65_HS1-834228961_62-HQ-83894_Serial_164
Agency: FBI
Page 123
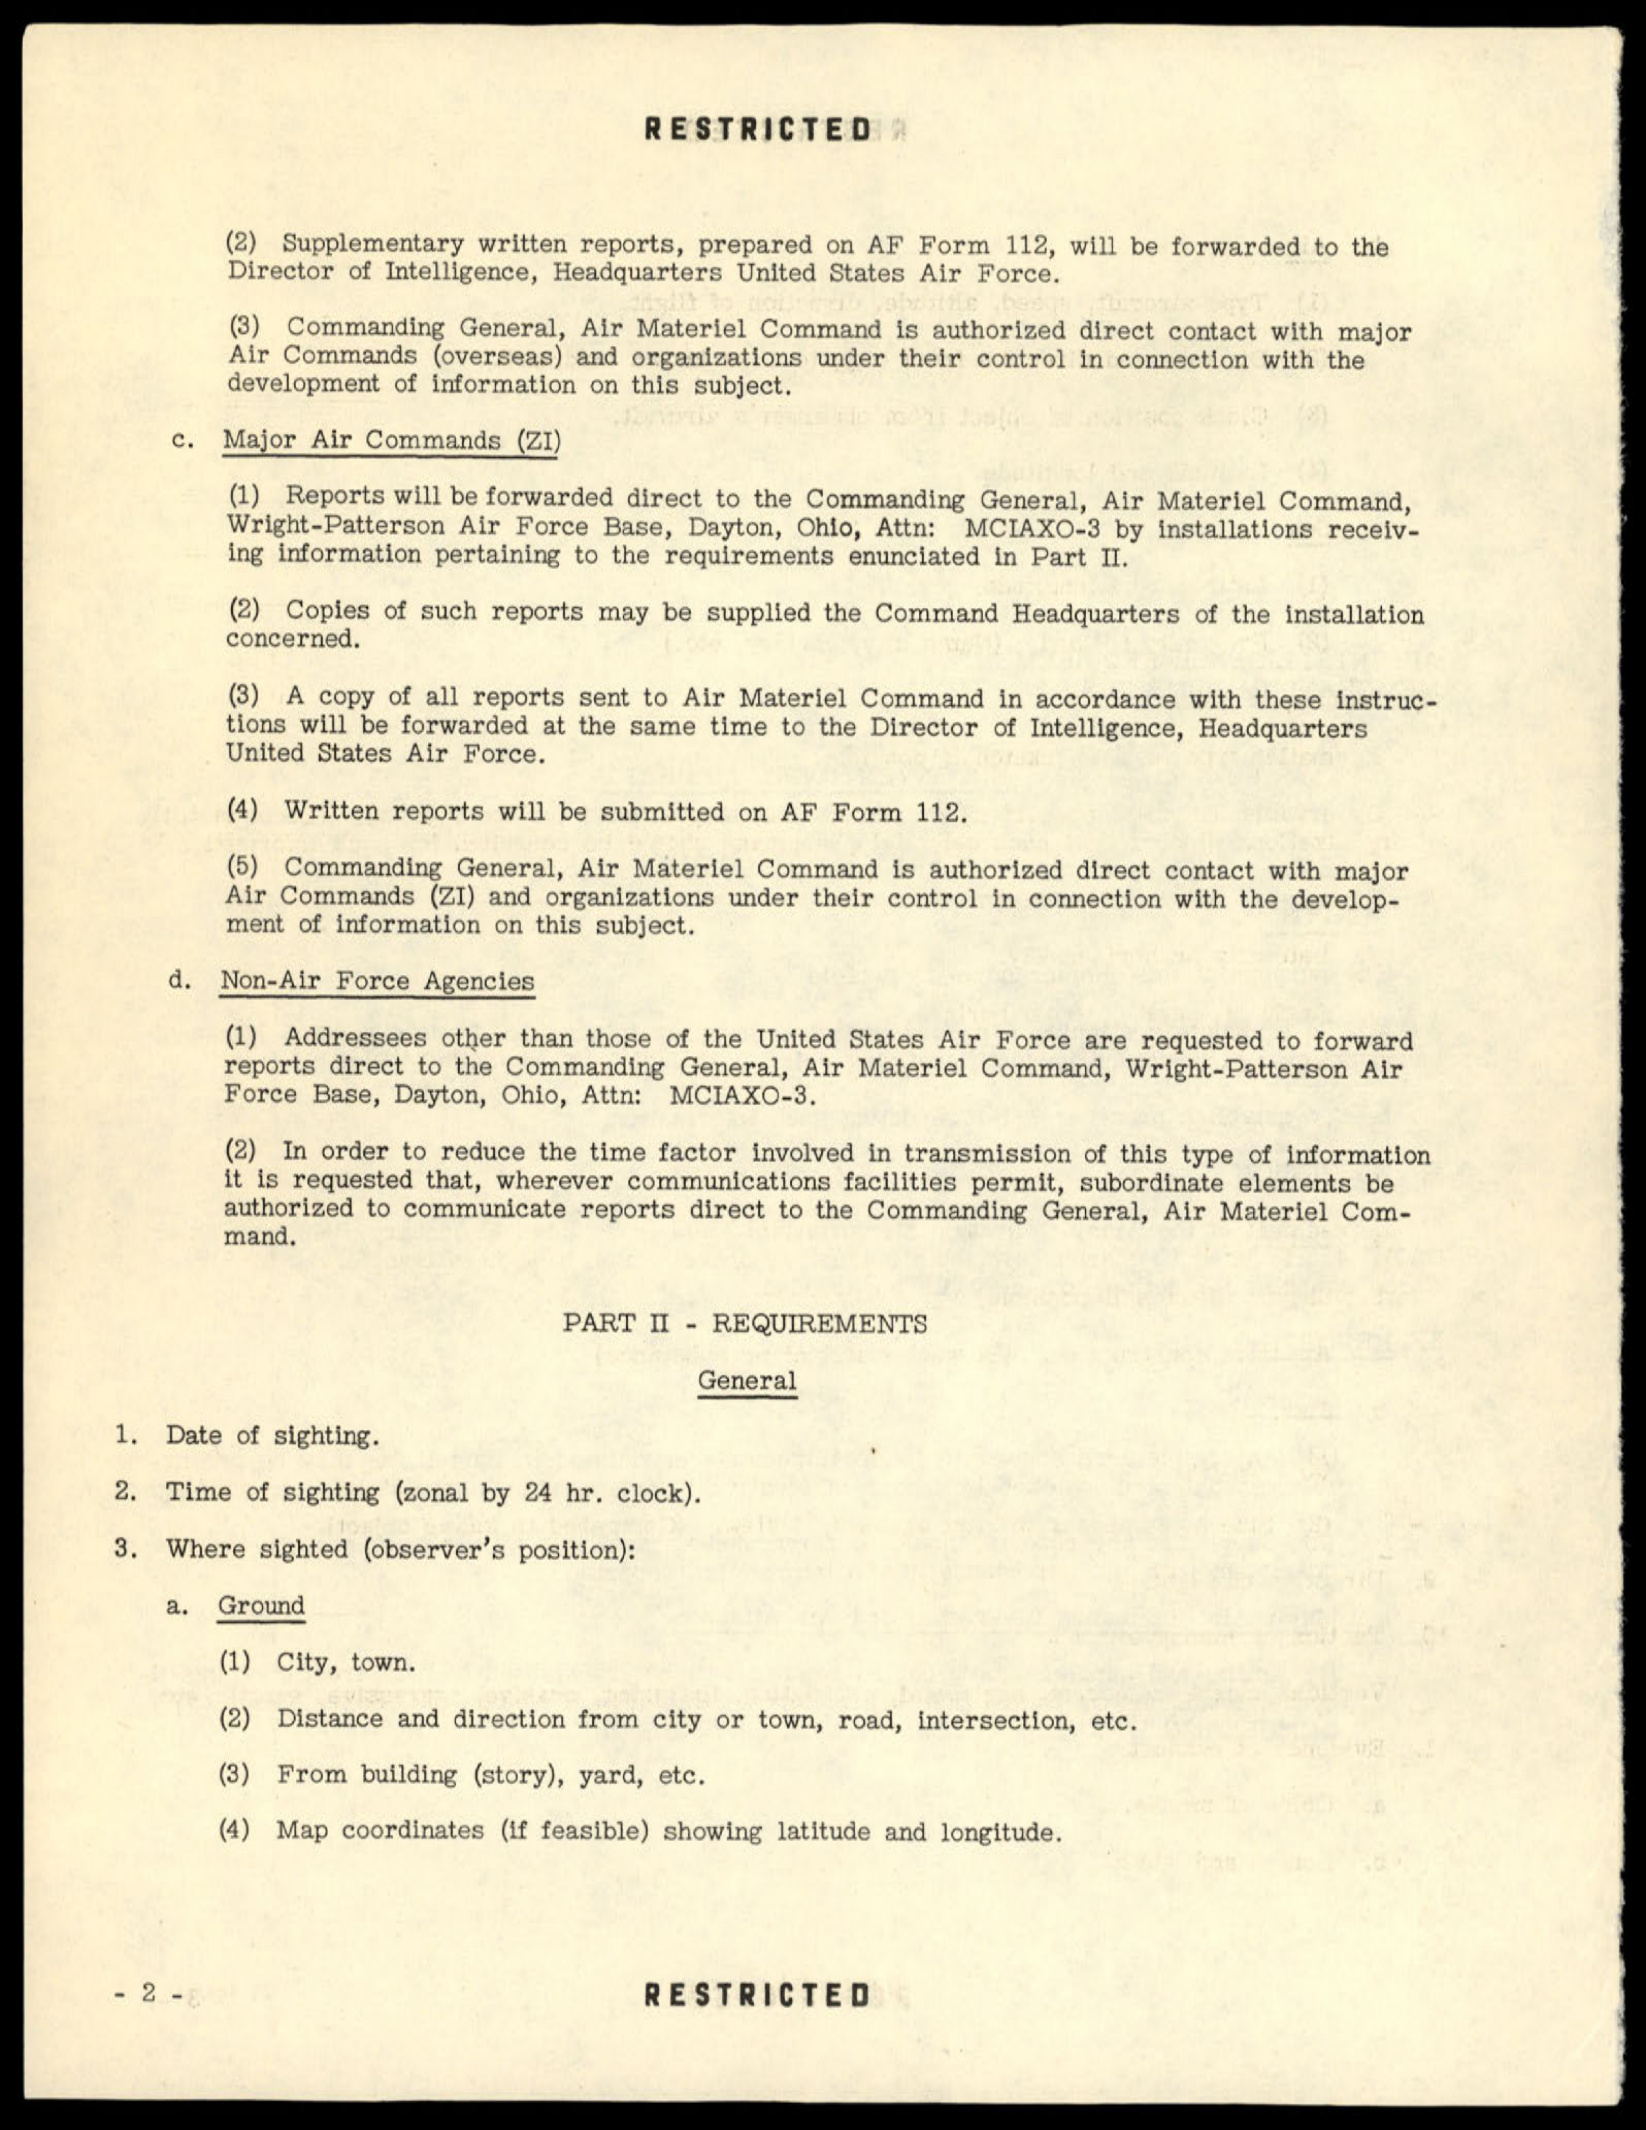